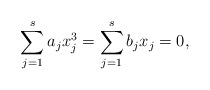
\begin{align*}\sum_{j=1}^sa_jx_j^3=\sum_{j=1}^sb_jx_j=0,\end{align*}